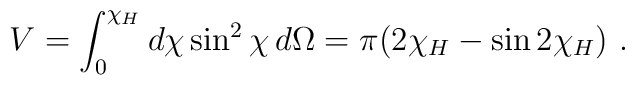
V = \int^{\chi_H}_0 d\chi \sin^2 \chi \, d\Omega = \pi(2\chi_H - \sin 2\chi_H ) \ .